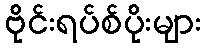
ဗိုင်းရပ်စ်ပိုးများ